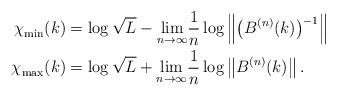
LaTeX: \begin{align*}\chi^{}_\mathrm{min}(k) & = \log\sqrt{L}-\underset{n\rightarrow\infty}{\lim}\dfrac{1}{n}\log\left\Vert \big(B^{\left(n\right)}(k)\big)^{-1}\right\Vert \\ \chi^{}_\mathrm{max}(k) & = \log\sqrt{L}+\underset{n\rightarrow\infty}{\lim}\dfrac{1}{n}\log\left\Vert B^{\left(n\right)}(k)\right\Vert. \end{align*}